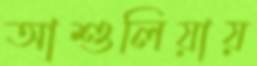
আশুলিয়ায়